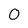
Character: 0